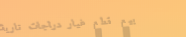
بيع قطع غيار دراجات نارية